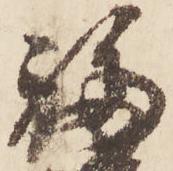
福